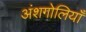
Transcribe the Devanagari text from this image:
अंशगोलियाँ